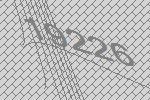
19226